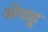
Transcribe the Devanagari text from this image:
ओवाहू